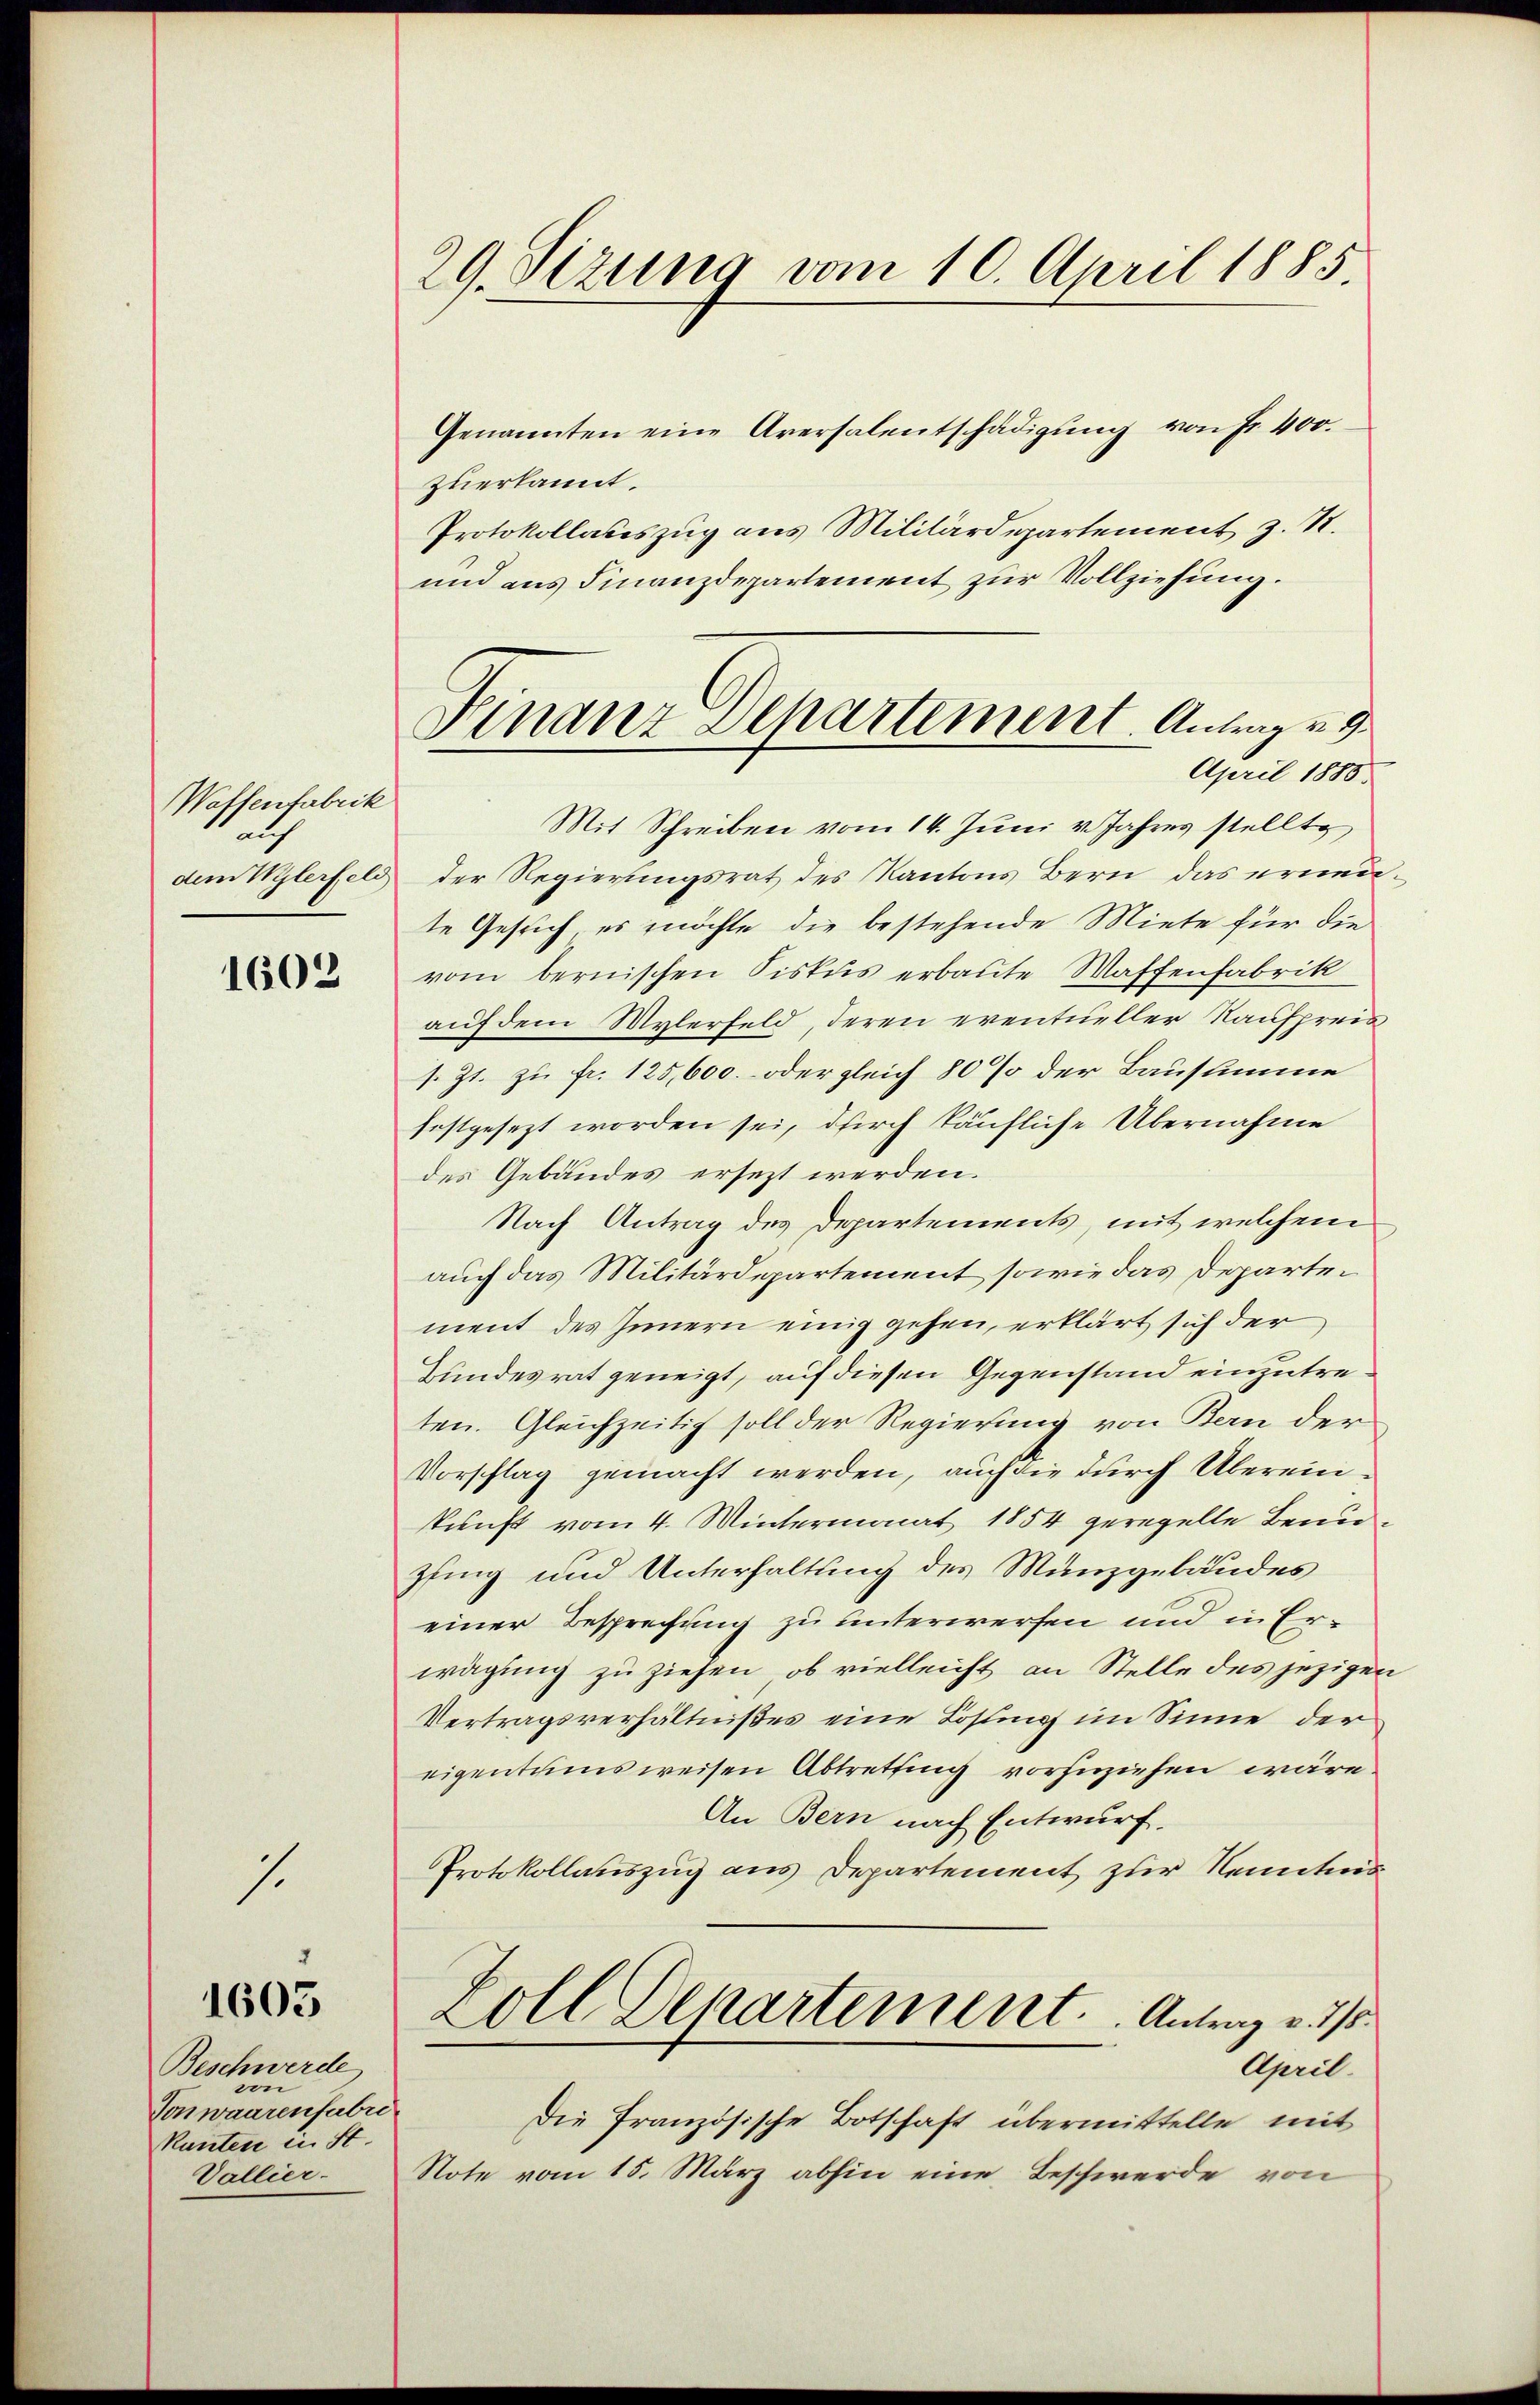
Waffenfabrik
i
dem Wylerfeld

1602

1.

1605

Beschwerde
von
Vonwaarenfabri
Kanten in St.
Vallier-

29. Sizung vom 10. April 1885.

Genannten eine Aversalentschädigŭng von Fr. 400.
zuerkannt.
Protokollateszug aus Militärdepartement z. R.
und aus Finanzdepartement zur Vollziehung.

Finanz Departement. Antrag u. 9
April 1885.

Mit Schreiben vom 14. Juni v. Jahres stellte
der Regierungsrat des Kantons Bern das ernere
te Gesuch, es möchte die bestehende Miete für die
vom bernischen Fiskus erbaute Waffenfabrik
auf dem Mylerfeld, deren eventueller Kaufpreis
1. Zt. zu fr. 125,600. oder gleich 80% der Bausumme
festgesezt worden sei, durch käufliche Übernahme
des Gebäudes ersezt werden.
Nach Antrag des Departements, mit welchem
auch das Militärdepartement, sowie das Departement des Innern einig gehen, erklärt sich der
Bundesrat geneigt, auf diesen Gegenstand einzutreten. Gleichzeitig soll der Regierung von Bern der
Vorschlag gemacht werden, auch die durch Übereinkunft vom 4. Wintermonat 1854 geregelte Benupfing und Unterhaltung des Münzgebäudes
einer Besprechung zu unterwerfen und in Erwägung zu ziehen, ob vielleicht an Stelle des jezigen
Vertragsverhältnißes eine Losling im Sinne der
eigentumsweisen Abtretting vorzuziehen wäre.
An Bern nach Entwurf.
Protokollauszug aus Departement zur Kenntnis
Zoll Dekartement. Antrag v. 15
April.
Die Französische Botschaft übermittelte mit
Note vom 15. März abhin eine Beschwerde von